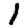
Digit: 1